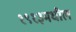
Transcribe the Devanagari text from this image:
१९१३मधील